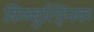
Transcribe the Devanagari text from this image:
किब्बुत्झ्निक